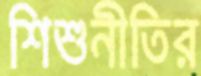
শিশুনীতির